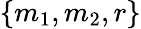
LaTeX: \{ m_{1},m_{2},r\}